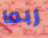
ربما